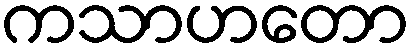
ကသာဟတော